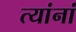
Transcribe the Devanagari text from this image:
त्‍यांनां